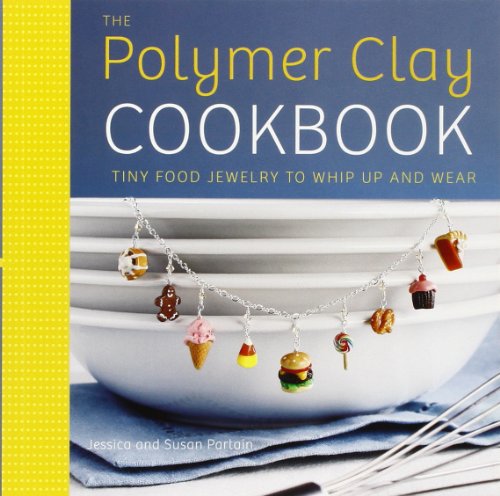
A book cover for The Polymer Clay Cookbook: Tiny Food Jewelry to Whip Up and Wear; Jessica Partain; Crafts, Hobbies & Home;